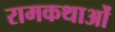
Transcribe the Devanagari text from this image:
रामकथाओं